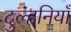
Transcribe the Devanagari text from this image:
दुल्हनियाँ